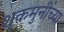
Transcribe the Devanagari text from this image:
शुकमुनींच्या